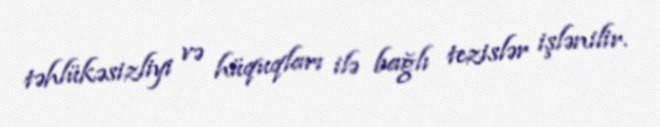
təhlükəsizliyi və hüquqları ilə bağlı tezislər işlənilir.